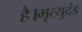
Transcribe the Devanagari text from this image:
है।मृत्युदंड